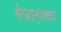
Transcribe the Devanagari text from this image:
शेजार्‍याच्या